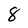
Character: 8